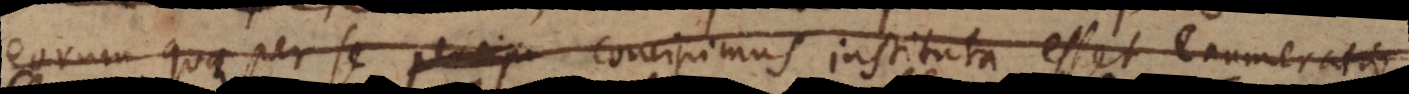
eorum quae per se percipi concipimus instituta esset enumeratio